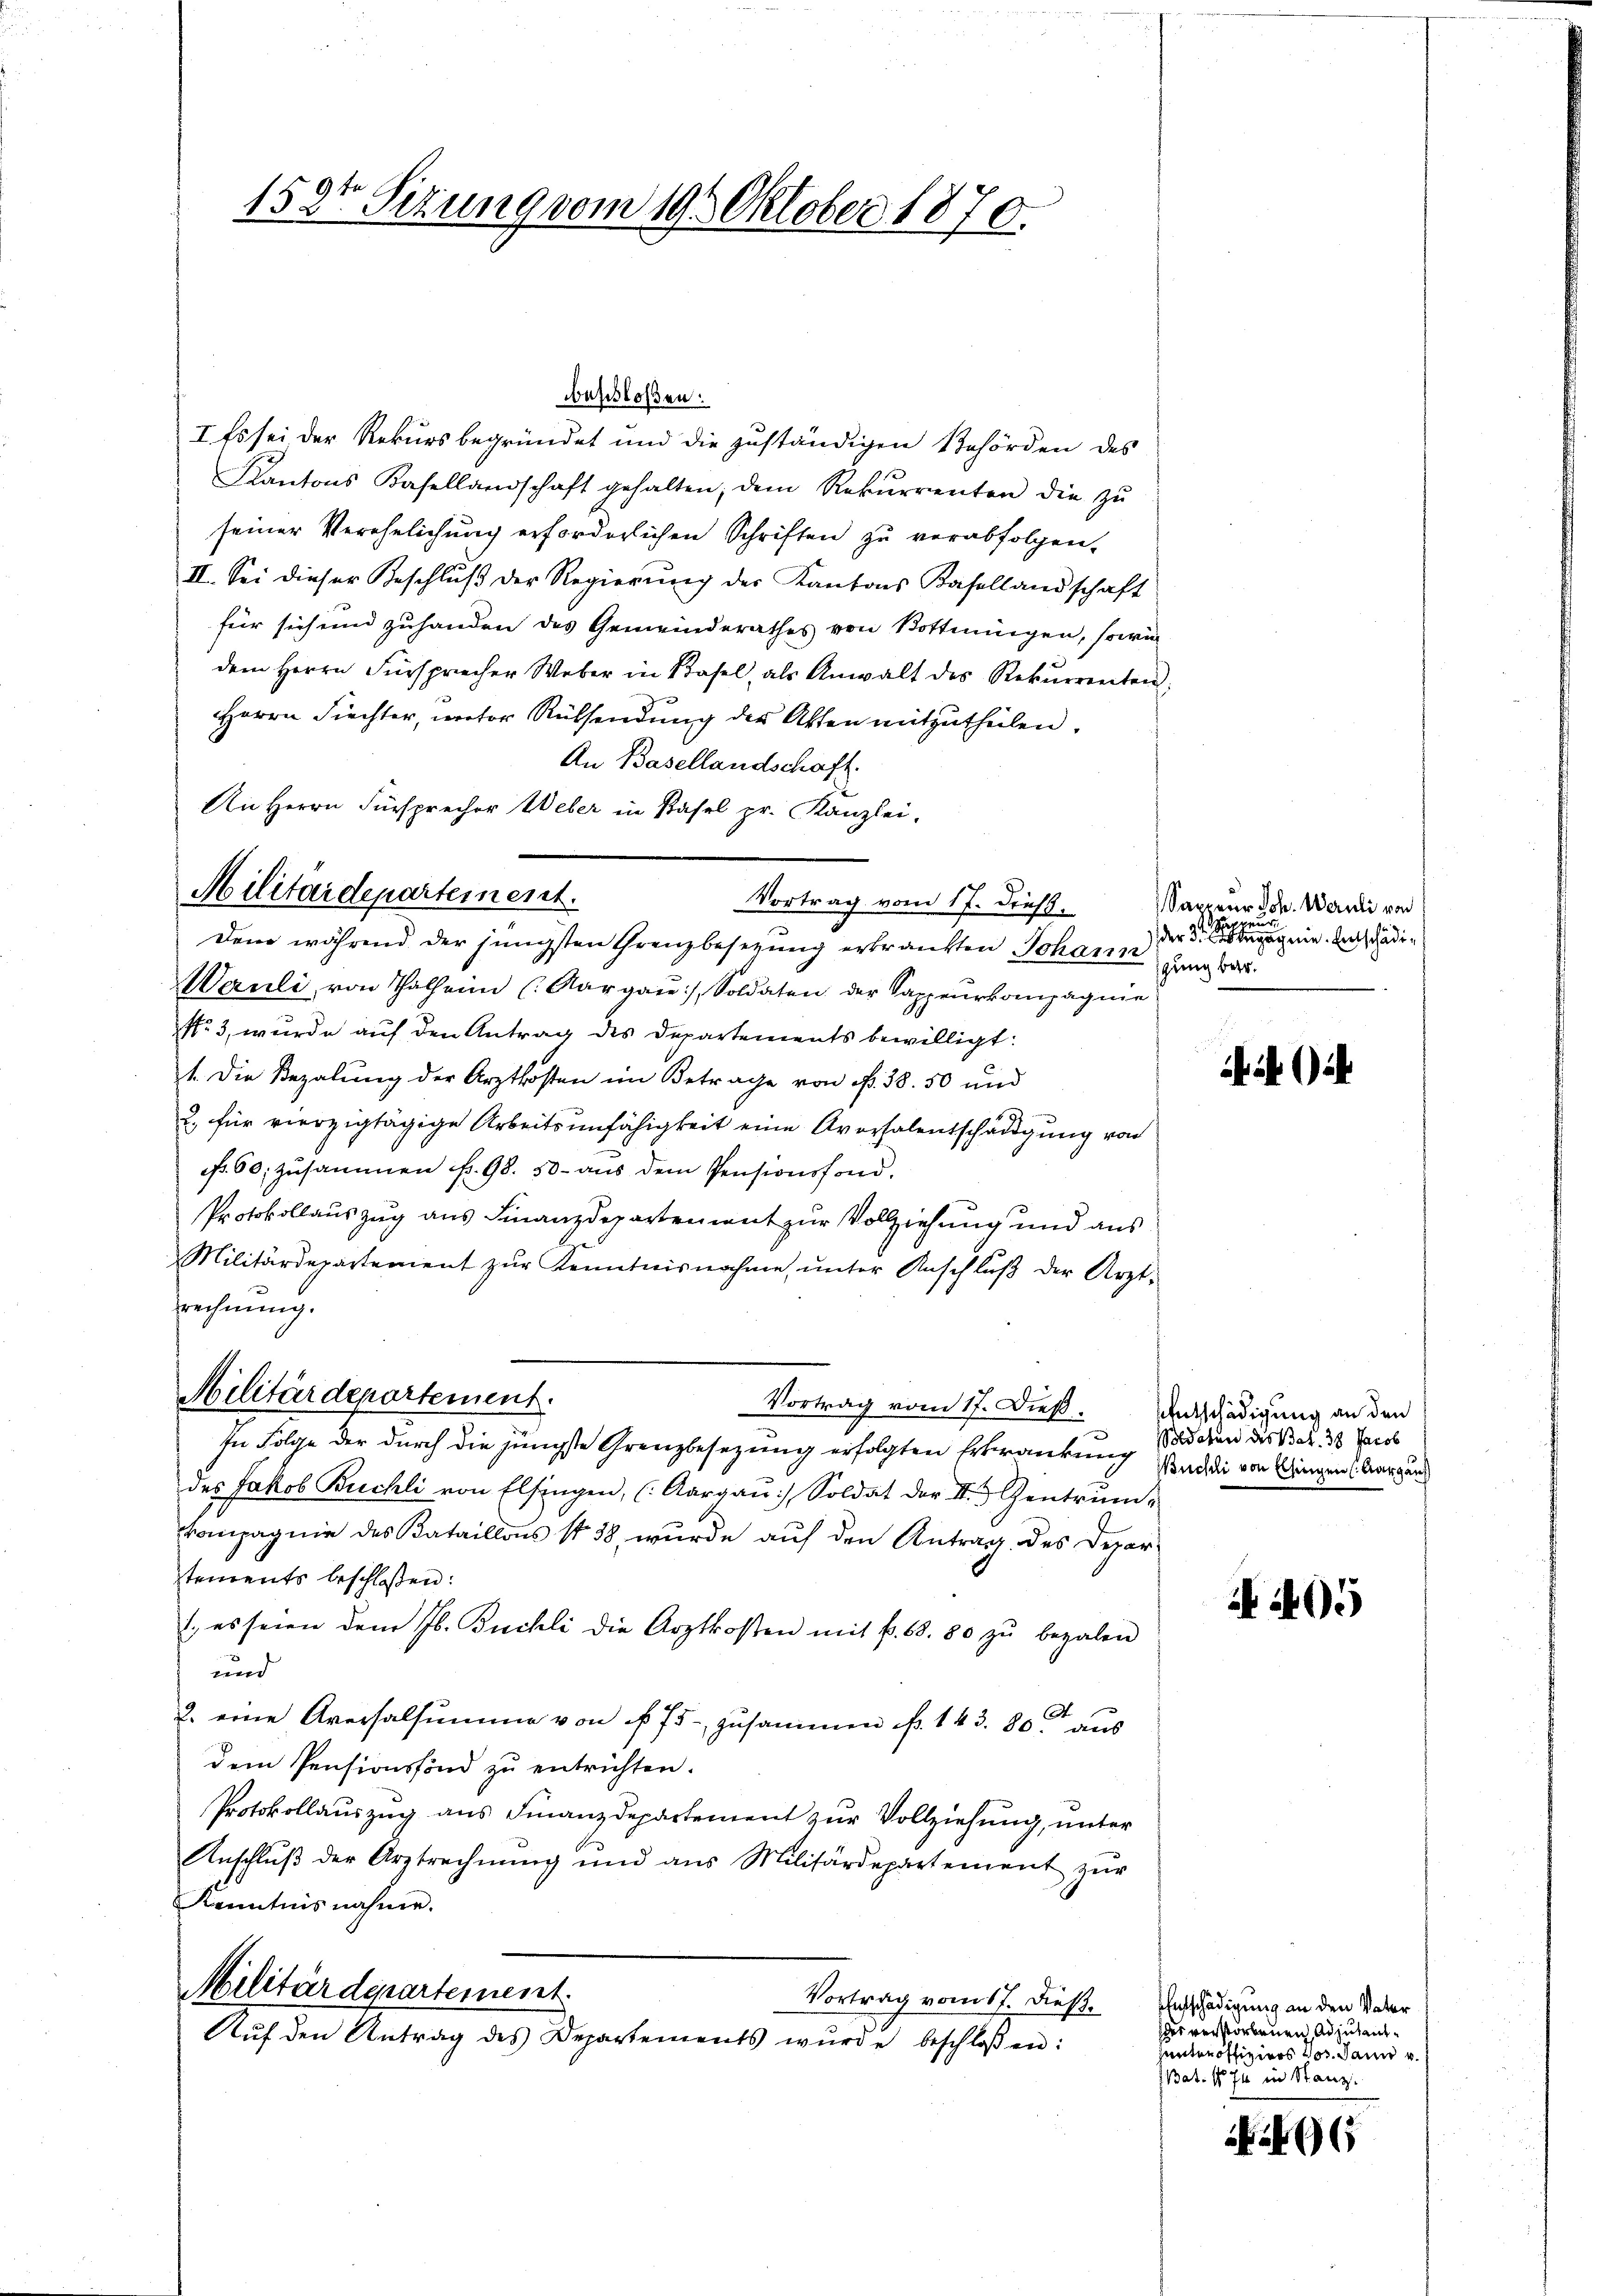
158te Sitzung vom 19. Oktober 1870.

An Herrn Fürsprecher Weber in Basel pr. Kanzlei-
Militärdepartement.
Vortrag vom 17. Diess.
Dem während der jüngsten Grenzbesetzung erkränkten Johann

beschloßen:
I. Es sei der Rekursbegründet und die zuständigen Behörden des
Kantons Kasellandschaft gehalten, dem Rekŭrrenten die zŭ
seiner Verehelichung erforderlichen Schriften zu verabfolgen.
II. Sei dieser Beschluß der Regierung der Kantons Basellandschaft
für sich und zuhanden des Gemeinderathes von Bottingen, sowie
dem Herrn Fürsprecher Weber in Basel, als Anwalt des Rekurrenten,
Herrn Fiechter, motor Rüksendung der Akten mitzutheilen.
An Basellandschaft.
Weruli, von Thalhann (Aargaŭ, Soldaten der Sappeurkompagnie
Nr. 3, wurde auf den Antrag des Departements bewilligt:
1. Die Bezalung der Arztkosten im Betrage von R. 38. 50 und
2. für vierzigtägige Arbeitsunfähigkeit eine Aversalentschädigung von
Nr. 60, zusammen fr. 98. 50. aŭs dem Pensionsfond.
Protokollauszug aus Finanzdepartement zur Vollziehung und aus
Militärdepartement zŭr Kenntnisnahme, ŭnter Anschlŭβ der Arzt-
rechnung.
Militärdepartement.
Vortrag vom 17. Dieß.
In Folge der durch die jüngste Grenzbesezung erfolgten Erkränkung
des Jakob Buchli von Elfingen, (Aargaŭ) Soldat der II. Zentrinn-
kompagnie des Kataillons No 38, wurde auf den Antrag des Depar
tements beschlossen:
1., es seien dem Jb. Buchli die Arztkosten mit f. 68. 80 zŭ bezalen
und
2. eine Aversalsumme von § 75. zusammen f. 143. 80 aus
dem Pensionsfond zu entrichten.
Protokollauszug aus Finanzdepartement zur Vollziehung, unter
Anschlŭβ der Arztrechnŭng und aus Militärdepartement zŭr
Kenntnis nahme.
Militärdepartement.
Vortrag vom 17. dieß.

Aŭf den Antrag des Departements wŭrde beschloßen:

Sarneur Joh. Wernli von
ppeur
der 3 gegen. Entschädigung betr.

)

EEntschädigung an den
Soldaten des Bat. 38 Jacob
Buchli von Ellingen (Aargau

405

Entschädigung an den Vater
des verstorbenen Adjutanthauten offiziers Jos. Dann v.
Bat. 1 zu in Stanz.

6